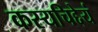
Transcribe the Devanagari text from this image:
कस्यचिद्देयं